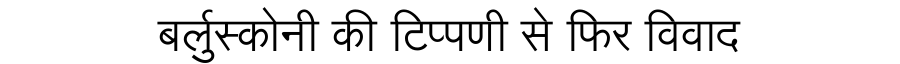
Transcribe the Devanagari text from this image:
बर्लुस्कोनी की टिप्पणी से फिर विवाद